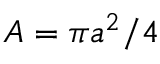
A = \pi a ^ { 2 } / 4